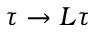
\tau \rightarrow L \tau